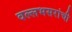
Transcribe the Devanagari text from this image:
वल्लभसरांची